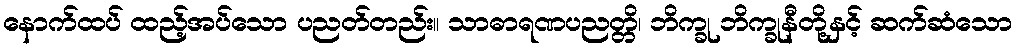
နောက်ထပ် ထည့်အပ်သော ပညတ်တည်း။ သာဓာရဏပညတ္တိ၊ ဘိက္ခု ဘိက္ခုနီတို့နှင့် ဆက်ဆံသော